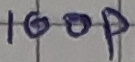
Text: 100p